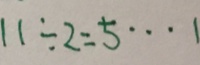
1 1 \div 2 = 5 \cdots 1